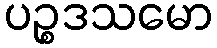
ပဉ္စဒသမော